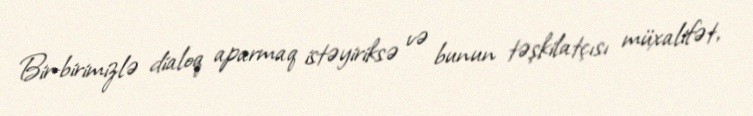
Bir-birimizlə dialoq aparmaq istəyiriksə və bunun təşkilatçısı müxalifət,